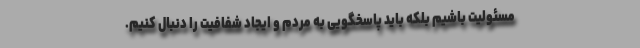
مسئولیت باشیم بلکه باید پاسخگویی به مردم و ایجاد شفافیت را دنبال کنیم.